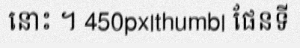
នោះ ។ 450px|thumb| ផែនទី